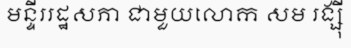
មន្ទីររដ្ឋសភា ជាមួយលោក សម រង្ស៊ី